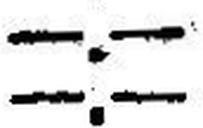
—.—